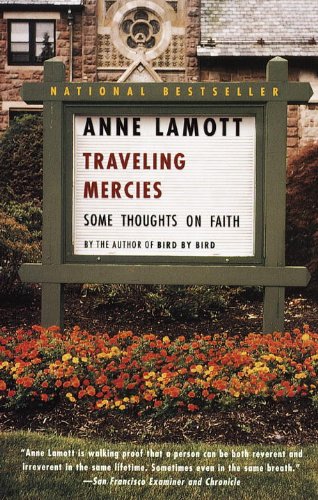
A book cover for Traveling Mercies: Some Thoughts on Faith; Anne Lamott; Biographies & Memoirs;